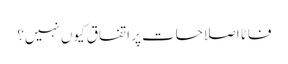
فاٹا اصلاحات پر اتفاق کیوں نہیں؟